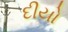
દીયો